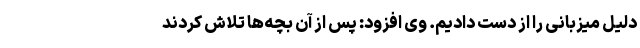
دلیل میزبانی را از دست دادیم. وی افزود: پس از آن بچه‌ها تلاش کردند